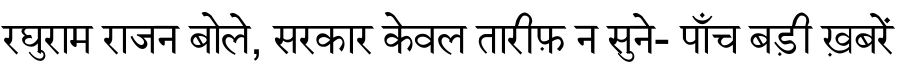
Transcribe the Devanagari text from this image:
रघुराम राजन बोले, सरकार केवल तारीफ़ न सुने- पाँच बड़ी ख़बरें